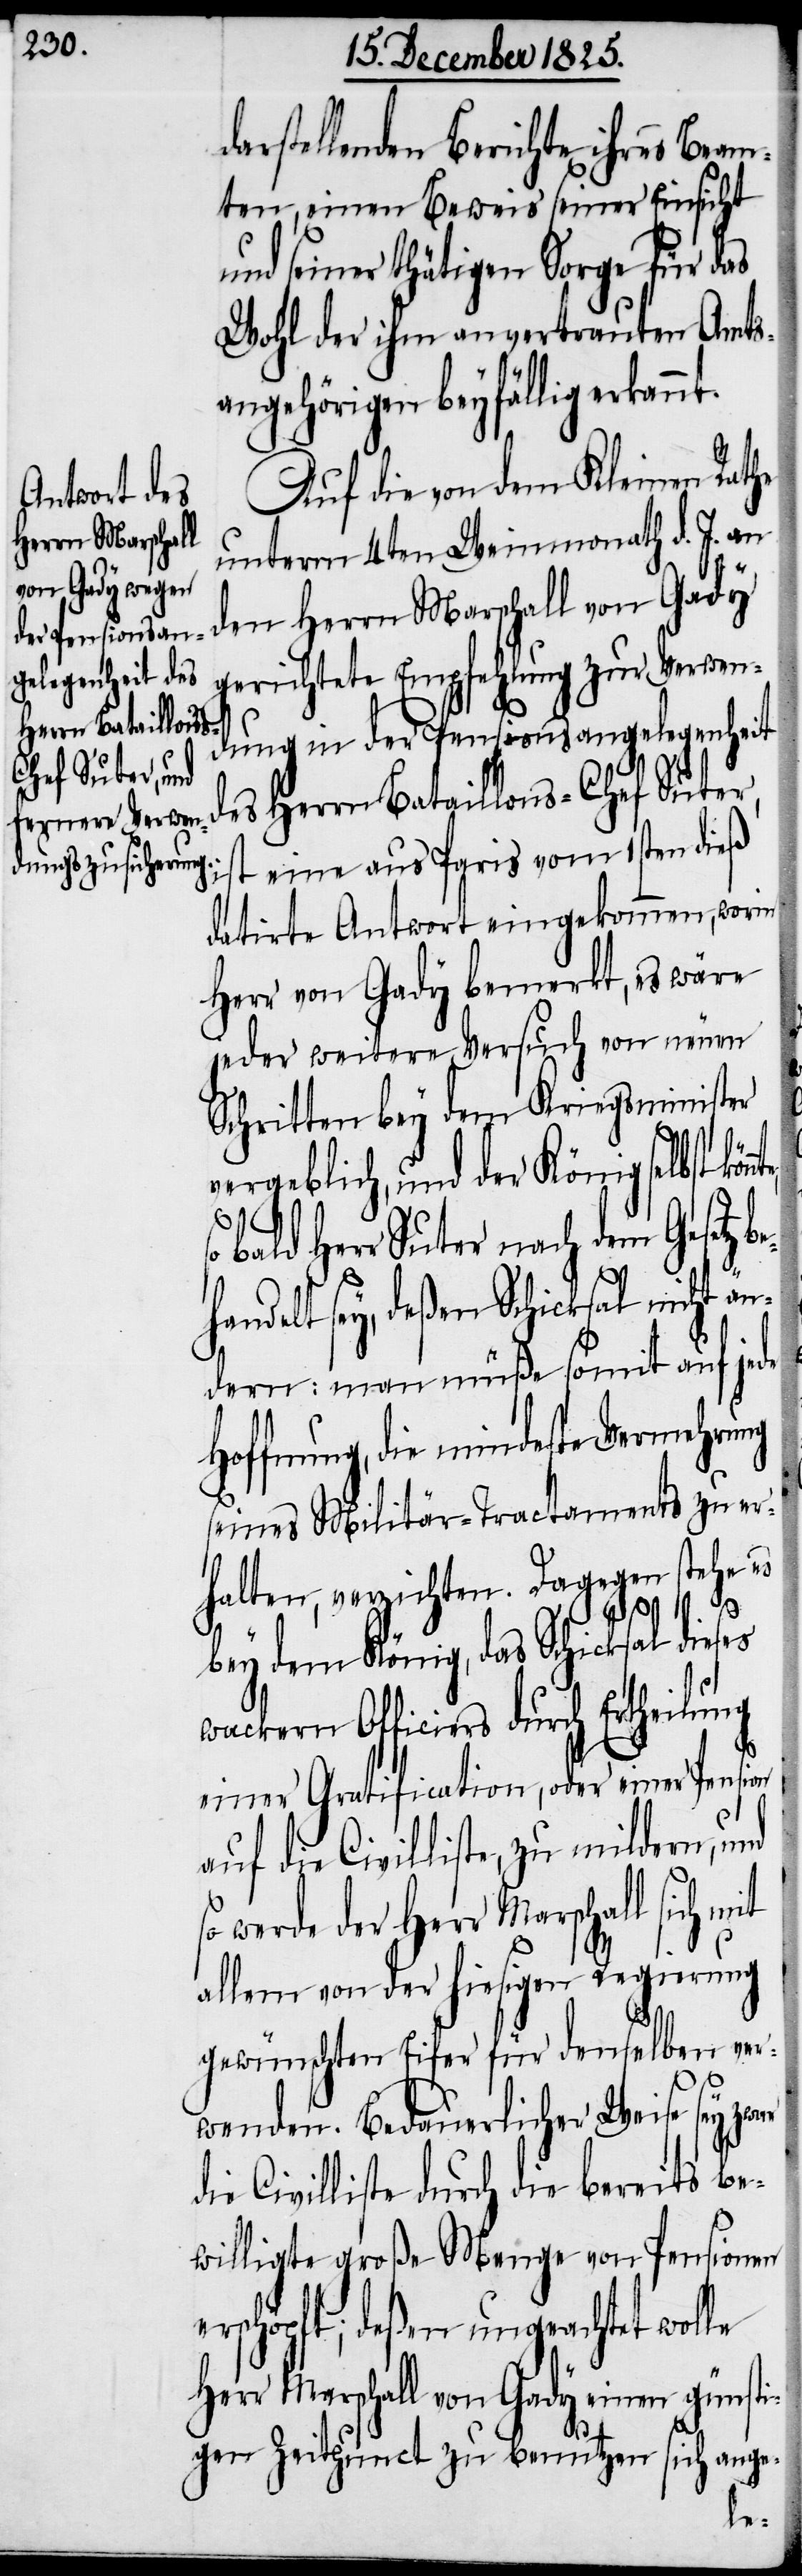
darstellenden Berichte ihres Beam¬
ten, einen Beweis seiner Einsicht
und seiner thätigen Sorge für das
Wohl der ihm anvertrauten Amts¬
angehörigen beyfällig erkannt.
Auf die von dem Kleinen Rathe
unterm 4ten Weinmonath d. J. an
den Herrn Marschall von Gady
gerichtete Empfehlung zur Verwen¬
dung in der Pensionsangelegenheit
es Herrn Bataillons-Chef Suter,
st eine aus Paris vom 1sten dieß
datirte Antwort eingekommen, worin
Herr von Gady bemerkt, es wäre
jeder weitere Versuch von neuen
Schritten bey dem Kriegsminister
vergeblich, und der König selbst
bald Herr Suter nach dem Gesetz
handelt sey, deßen Schicksal nicht än¬
dern: man müße somit auf jede
Hoffnung, die mindeste Vermehrung
seines Militär-Tractaments zu er¬
halten, verzichten. Dagegen stehe es
bey dem König, das Schicksal dieses
wackern Officiers durch Ertheilung
einer Gratification, oder einer Pension
auf die Civilliste, zu mildern, und
so werde der Herr Marschall sich mit
allem von der hiesigen Regierung
gewünschten Eifer für denselben ver¬
wenden. Bedauerlicher Weise sey zwar
die Civilliste durch die bereits be¬
willigte große Menge von Pensionen
erschöpft; deßen ungeachtet wolle
Herr Marschall von Gady einen günsti¬
d¬
gen Zeitpunct zu benutzen
ich ange-
s¬